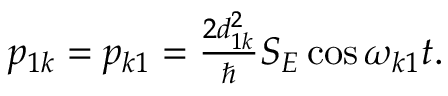
\begin{array} { r } { p _ { 1 k } = p _ { k 1 } = \frac { 2 d _ { 1 k } ^ { 2 } } { \hbar } S _ { E } \cos \omega _ { k 1 } t . } \end{array}